Scottish Leaving Certificate Examination, 1952
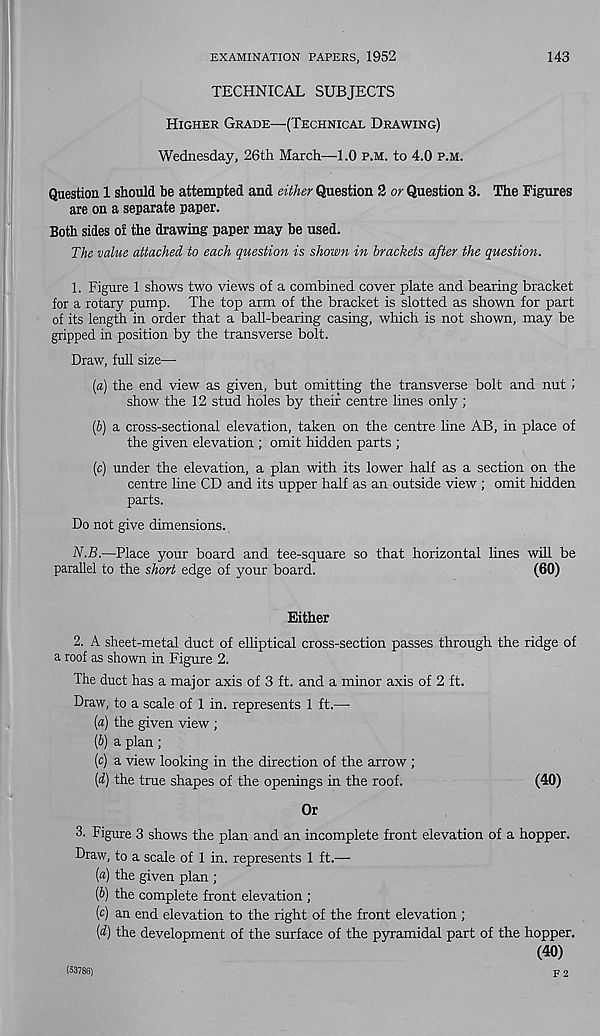
EXAMINATION PAPERS, 1952
143
TECHNICAL SUBJECTS
Higher Grade—(Technical Drawing)
Wednesday, 26th March—1.0 p.m. to 4.0 p.m.
Question 1 should be attempted and either Question 2 or Question 3. The Figures
are on a separate paper.
Both sides of the drawing paper may he used.
The value attached to each question is shown in brackets after the question.
1. Figure 1 shows two views of a combined cover plate and bearing bracket
for a rotary pump. The top arm of the bracket is slotted as shown for part
of its length in order that a ball-bearing casing, which is not shown, may be
gripped in position by the transverse bolt.
Draw, full size—
(a) the end view as given, but omitting the transverse bolt and nut;
show the 12 stud holes by their centre lines only ;
(5) a cross-sectional elevation, taken on the centre line AB, in place of
the given elevation ; omit hidden parts ;
(c) under the elevation, a plan with its lower half as a section on the
centre line CD and its upper half as an outside view ; omit hidden
parts.
Do not give dimensions.
N.B.—Place your board and tee-square so that horizontal lines will be
parallel to the short edge of your board.
(60)
Either
2. A sheet-metal duct of elliptical cross-section passes through the ridge of
a roof as shown in Figure 2.
The duct has a major axis of 3 ft. and a minor axis of 2 ft.
Draw, to a scale of 1 in. represents 1 ft.—■
[а) the given view ;
(б) a plan;
(c) a view looking in the direction of the arrow ;
[d) the true shapes of the openings in the roof.
(40)
Or
3. Figure 3 shows the plan and an incomplete front elevation of a hopper.
Draw, to a scale of 1 in. represents 1 ft.—
(а) the given plan ;
(б) the complete front elevation ;
(c) an end elevation to the right of the front elevation ;
[d) the development of the surface of the pyramidal part of the hopper.
(40)
(53786)
F 2